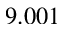
9 . 0 0 1